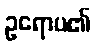
ဥရောပ၏